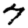
Digit: 7